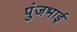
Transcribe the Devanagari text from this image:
पुंजभाई